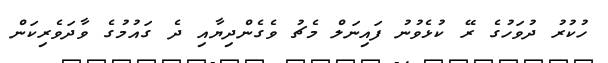
ހުކުރު ދުވަހުގެ ރޭ ކުޅެވުނު ފައިނަލް މެޗު ވެގެންދިޔާއި ދެ ގައުމުގެ ވާދަވެރިކަން